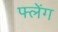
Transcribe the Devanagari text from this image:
फ्लेंग